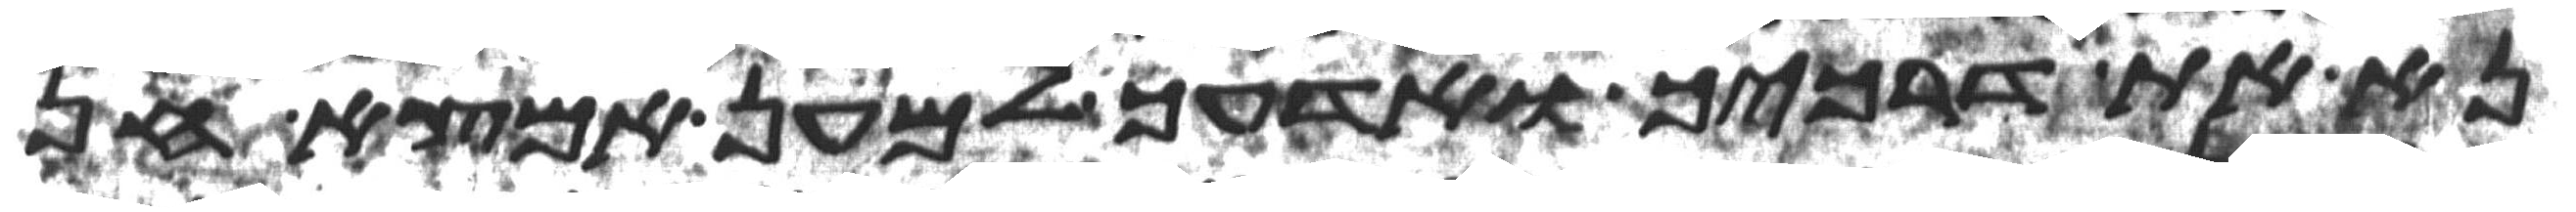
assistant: נא את דרכיך ואדעך למען אמצא חן